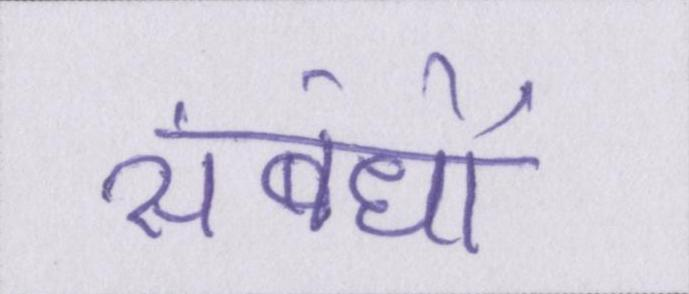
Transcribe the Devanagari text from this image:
संबंधों